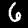
Label: 6